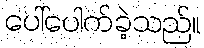
ပေါ်ပေါက်ခဲ့သည်။